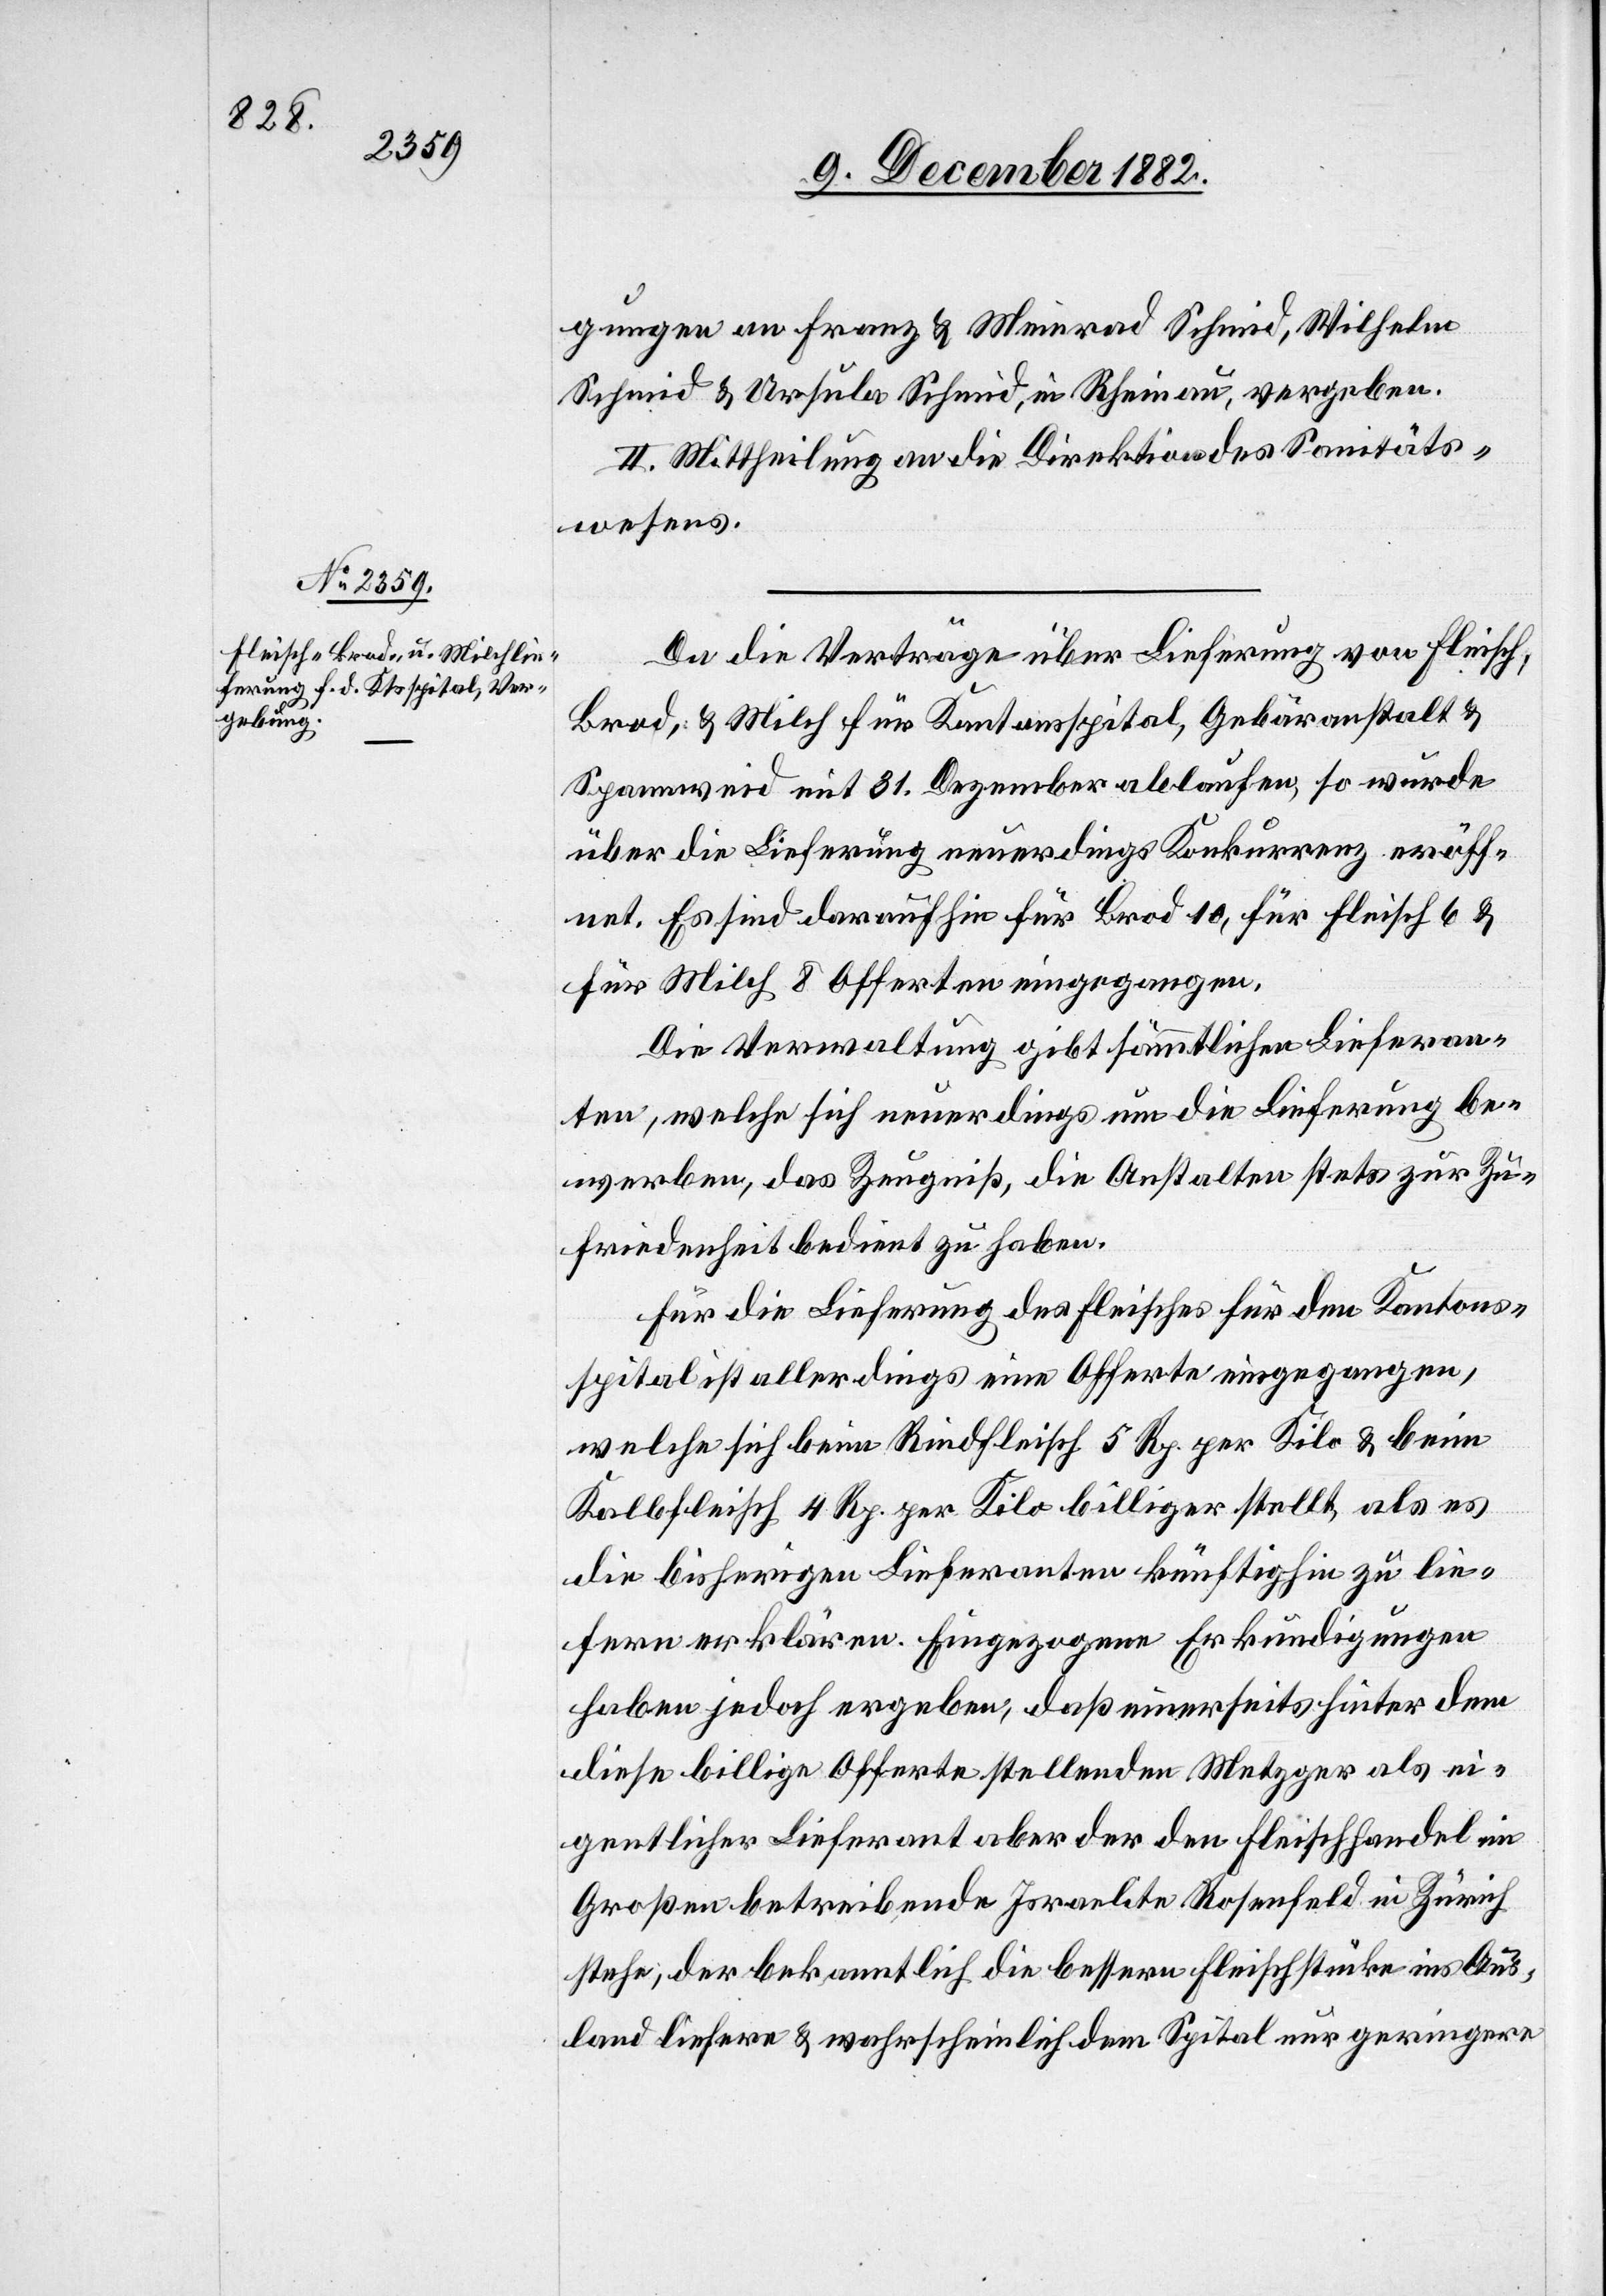
gungen an Franz & Meinrad Schmid, Wilhelm
Schmid & Ursula Schmid, in Rheinau, vergeben.
II. Mittheilung an die Direktion des Sanitäts¬
wesens.
Da die Verträge über die Lieferung von Fleisch,
Brod, & Milch für Kantonsspital, Gebäranstalt &
Spannweid mit 31. Dezember ablaufen, so wurde
über die Lieferung neuerdings Konkurrenz eröff¬
net. Es sind daraufhin für Brod 10, für Fleisch 6 &
für Milch 8 Offerten eingegangen.
Die Verwaltung gibt sämmtlichen Lieferan¬
ten, welche sich neuerdings um die Lieferung be¬
werben, das Zeugniß, die Anstalten stets zur Zu¬
friedenheit bedient zu haben.
Für die Lieferung des Fleisches für den Kantons¬
spital ist allerdings eine Offerte eingegangen,
welche sich beim Rindfleisch 5 Rp. per Kilo & beim
Kalbfleisch 4 Rp. per Kilo billiger stellt, als es
die bisherigen Lieferanten künftighin zu lie¬
fern erklären. Eingezogene Erkundigungen
haben jedoch ergeben, daß einerseits hinter dem
diese billige Offerte stellenden Metzger als ei¬
gentlicher Lieferant aber der den Fleischhandel im
Großen betreibende Israelite Rosenfeld in Zürich
stehe, der bekanntlich die bessern Fleischstücke ins Aus¬
land liefere & wahrscheinlich dem Spital nur geringere